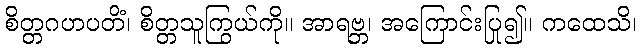
စိတ္တဂဟပတိံ၊ စိတ္တသူကြွယ်ကို။ အာရဗ္ဘ၊ အကြောင်းပြု၍။ ကထေသိ၊